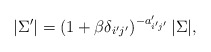
\begin{align*}|\Sigma'|=\left(1+\beta\delta_{i'j'}\right)^{-a_{i'j'}'}|\Sigma|,\end{align*}